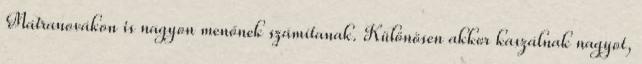
Mátranovákon is nagyon menőnek számítanak. Különösen akkor kaszálnak nagyot,